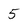
Character: 5